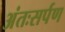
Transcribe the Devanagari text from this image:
अंतःसर्पण